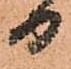
日